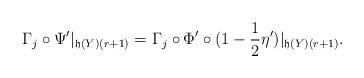
LaTeX: \begin{align*}\Gamma_j\circ \Psi'|_{\mathfrak{h}(Y)(r+1)} =\Gamma_j\circ \Phi'\circ (1-\frac{1}{2}\eta')|_{\mathfrak{h}(Y)(r+1)}.\end{align*}